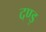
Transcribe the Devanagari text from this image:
दण्ड़